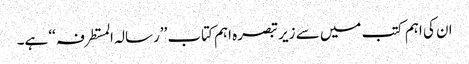
ان کی اہم کتب میں سے زیر تبصرہ اہم کتاب ’’رسالہ المستطرفہ ‘‘ ہے۔